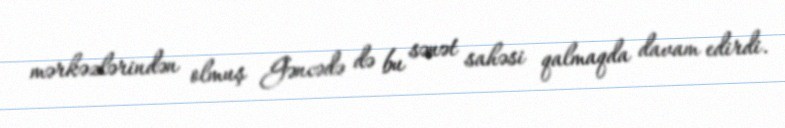
mərkəzlərindən olmuş Gəncədə də bu sənət sahəsi qalmaqda davam edirdi.